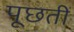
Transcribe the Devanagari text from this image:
पूछतीं